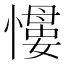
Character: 𢡌